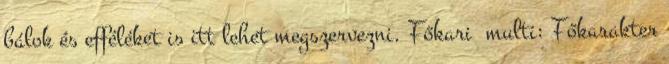
bálok és efféléket is itt lehet megszervezni. Főkari multi: Főkarakter